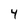
Character: 4